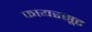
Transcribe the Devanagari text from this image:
फायरसूट